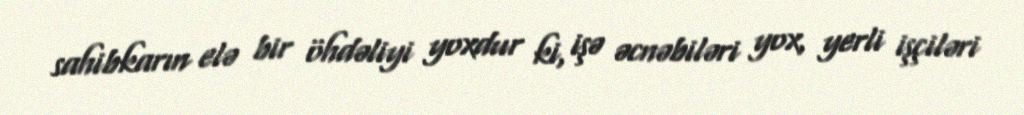
sahibkarın elə bir öhdəliyi yoxdur ki, işə əcnəbiləri yox, yerli işçiləri